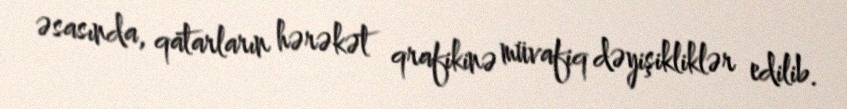
əsasında, qatarların hərəkət qrafikinə müvafiq dəyişikliklər edilib.